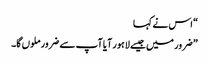
“ اس نے کہا
” ضرور میں جیسے لاہور آیا آپ سے ضرور ملوں گا۔